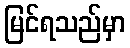
မြင်ရသည်မှာ